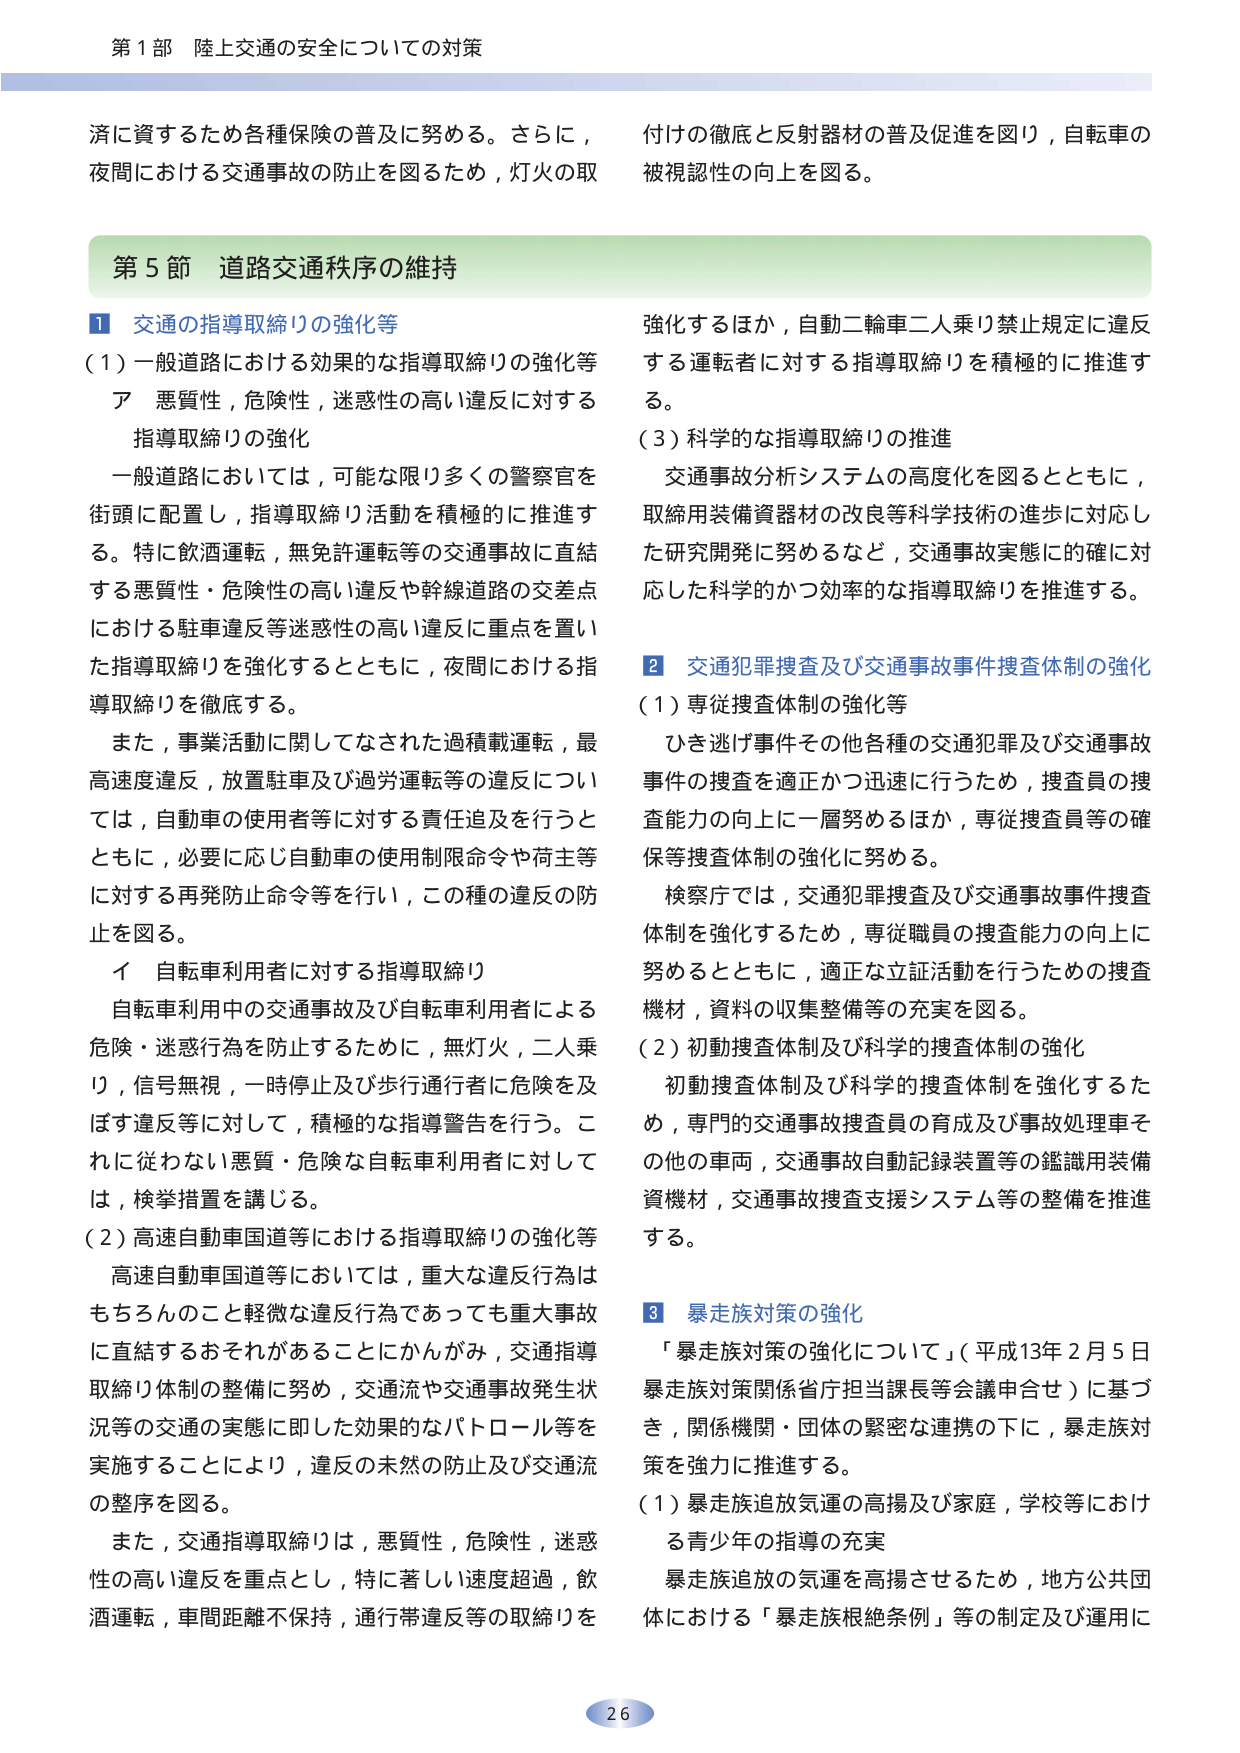
第１部 陸上交通の安全についての対策

済に資するため各種保険の普及に努める。さらに、
夜間における交通事故の防止を図るため，灯火の取
付けの徹底と反射器材の普及促進を図り，自転車の
被視認性の向上を図る。

第５節 道路交通秩序の維持

１ 交通の指導取締りの強化等
（１）一般道路における効果的な指導取締りの強化等
　ア 悪質性，危険性，迷惑性の高い違反に対する
　　指導取締りの強化
　　一般道路においては，可能な限り多くの警察官を
　　街頭に配置し，指導取締り活動を積極的に推進す
　　る。特に飲酒運転，無免許運転等の交通事故に直結
　　する悪質性・危険性の高い違反や幹線道路の交差点
　　における駐車違反等迷惑性の高い違反に重点を置い
　　た指導取締りを強化するとともに，夜間における指
　　導取締りを徹底する。
　　また，事業活動に関してなされた過積載運転，最
　　高速度違反，放置駐車及び過労運転等の違反につい
　　ては，自動車の使用者等に対する責任追及を行うと
　　ともに，必要に応じ自動車の使用制限命令や荷主等
　　に対する再発防止命令等を行い，この種の違反の防
　　止を図る。
　　イ 自転車利用者に対する指導取締り
　　自転車利用中の交通事故及び自転車利用者による
　　危険・迷惑行為を防止するために，無灯火，二人乗
　　り，信号無視，一時停止及び歩行通行者に危険を及
　　ぼす違反等に対して，積極的な指導警告を行う。こ
　　れに従わない悪質・危険な自転車利用者に対して
　　は，検挙措置を講じる。
（２）高速自動車国道等における指導取締りの強化等
　　高速自動車国道等においては，重大な違反行為は
　　もちろんのこと軽微な違反行為であっても重大事故
　　に直結するおそれがあることにかんがみ，交通指導
　　取締り体制の整備に努め，交通流や交通事故発生状
　　況等の交通の実態に即した効果的なパトロール等を
　　実施することにより，違反の未然の防止及び交通流
　　の整序を図る。
　　また，交通指導取締りは，悪質性，危険性，迷惑
　　性の高い違反を重点とし，特に著しい速度超過，飲
　　酒運転，車間距離不保持，通行帯違反等の取締りを
　　強化するほか，自動二輪車二人乗り禁止規定に違反
　　する運転者に対する指導取締りを積極的に推進す
　　る。
（３）科学的な指導取締りの推進
　　交通事故分析システムの高度化を図るとともに，
　　取締用装備資器材の改良等科学技術の進歩に対応し
　　た研究開発に努めるなど，交通事故実態的に確に対
　　応した科学的かつ効率的な指導取締りを推進する。

２ 交通犯罪捜査及び交通事故事件捜査体制の強化
（１）専従捜査体制の強化等
　　ひき逃げ事件その他各種の交通犯罪及び交通事故
　　事件の捜査を適正かつ迅速に行うため，捜査員の捜
　　査能力の向上に一層努めるほか，専従捜査員等の確
　　保等捜査体制の強化に努める。
　　検察庁では，交通犯罪捜査及び交通事故事件捜査
　　体制を強化するため，専従職員の捜査能力の向上に
　　努めるとともに，適正な立証活動を行うための捜査
　　機材，資料の収集整備等の充実を図る。
（２）初動捜査体制及び科学的捜査体制の強化
　　初動捜査体制及び科学的捜査体制を強化するた
　　め，専門の交通事故捜査員の育成及び事故処理車そ
　　の他の車両，交通事故自動記録装置等の鑑識用装備
　　資器材，交通事故捜査支援システム等の整備を推進
　　する。

３ 暴走族対策の強化
　「暴走族対策の強化について」（平成13年2月5日
　暴走族対策関係省庁担当課長等会議申合せ）に基づ
　き，関係機関・団体の緊密な連携の下に，暴走族対
　策を強力に推進する。
（１）暴走族追放気運の高揚及び家庭，学校等におけ
　　る青少年の指導の充実
　　暴走族追放の気運を高揚させるため，地方公共団
　　体における「暴走族根絶条例」等の制定及び運用に

26